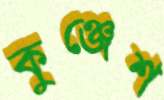
কুঞ্জেশ